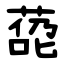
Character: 㗡